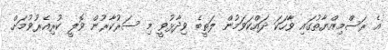
އެ ރަސްމިއްޔާތުގައި ވާހަކަ ދައްކަވަމުން ލަތީބެ ވިދާޅުވީ މި ސަރުކާރުން ވޮލީ ކުރިއެރުވުމަށް